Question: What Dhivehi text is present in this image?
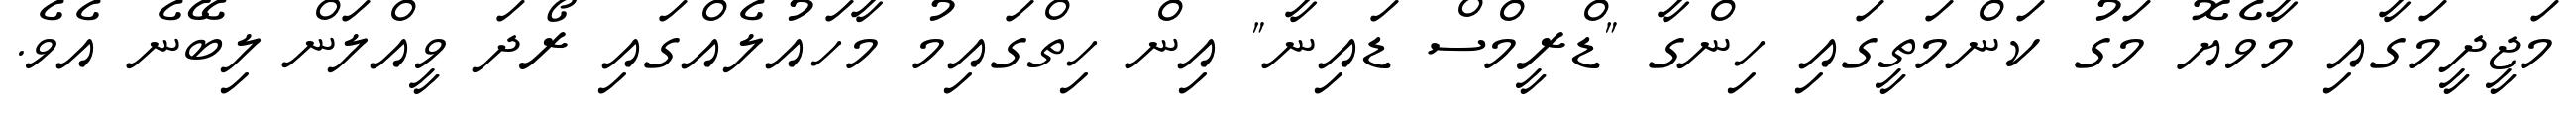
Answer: މަޖީދީމަގާއި މާވެޔޮ މަގު ކަންމަތީގައި ހިންގާ "ޑްރީމްސް ޑައިނާ" އިން ހިތްގައިމު މާހައުލެއްގައި ރޯދަ ވީއްލަން ލިބޭނެ އެވެ.